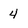
Character: 4